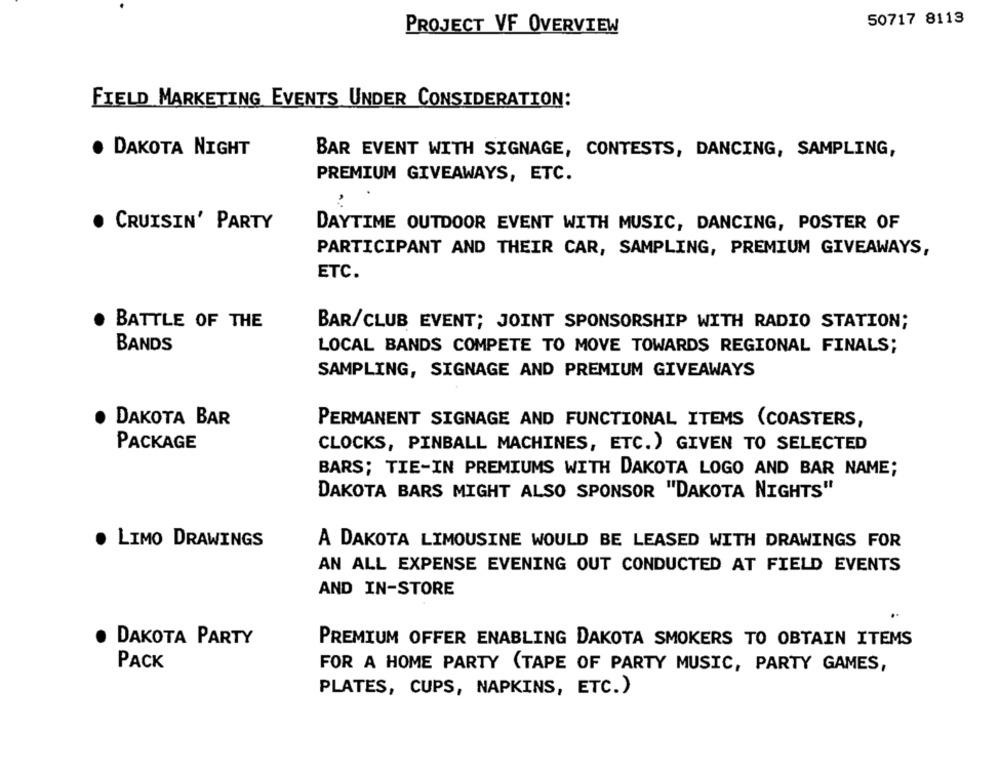
50717 8113
PROJECT VF OVERVIEW
FIELD MARKETING EVENTS UNDER CONSIDERATION:
· DAKOTA NIGHT
BAR EVENT WITH SIGNAGE, CONTESTS, DANCING, SAMPLING,
PREMIUM GIVEAWAYS, ETC.
. CRUISIN' PARTY
DAYTIME OUTDOOR EVENT WITH MUSIC, DANCING, POSTER OF
PARTICIPANT AND THEIR CAR, SAMPLING, PREMIUM GIVEAWAYS,
ETC.
BATTLE OF THE
BAR/CLUB EVENT; JOINT SPONSORSHIP WITH RADIO STATION;
BANDS
LOCAL BANDS COMPETE TO MOVE TOWARDS REGIONAL FINALS;
SAMPLING, SIGNAGE AND PREMIUM GIVEAWAYS
DAKOTA BAR
PERMANENT SIGNAGE AND FUNCTIONAL ITEMS (COASTERS,
PACKAGE
CLOCKS, PINBALL MACHINES, ETC.) GIVEN TO SELECTED
BARS; TIE-IN PREMIUMS WITH DAKOTA LOGO AND BAR NAME;
DAKOTA BARS MIGHT ALSO SPONSOR "DAKOTA NIGHTS"
. LIMO DRAWINGS
A DAKOTA LIMOUSINE WOULD BE LEASED WITH DRAWINGS FOR
AN ALL EXPENSE EVENING OUT CONDUCTED AT FIELD EVENTS
AND IN-STORE
DAKOTA PARTY
PREMIUM OFFER ENABLING DAKOTA SMOKERS TO OBTAIN ITEMS
PACK
FOR A HOME PARTY (TAPE OF PARTY MUSIC, PARTY GAMES,
PLATES, CUPS, NAPKINS, ETC.)